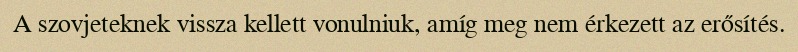
A szovjeteknek vissza kellett vonulniuk, amíg meg nem érkezett az erősítés.